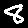
Digit: 8